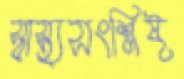
স্বাস্থ্যসংশ্লিষ্ট